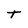
Character: T